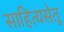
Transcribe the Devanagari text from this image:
साहित्यसेतू